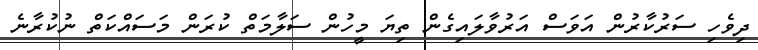
ދިވެހި ސަރުކާރުން އަވަސް އަރުވާލައިގެން ތިޔަ މީހުން ސަލާމަތް ކުރަން މަސައްކަތް ނުކުރާނެ